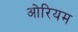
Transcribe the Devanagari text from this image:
ओरियम